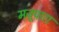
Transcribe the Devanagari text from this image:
मजूपारा